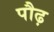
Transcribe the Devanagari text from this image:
पौढ़